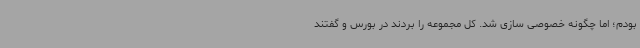
بودم؛ اما چگونه خصوصی سازی شد. کل مجموعه را بردند در بورس و گفتند